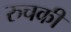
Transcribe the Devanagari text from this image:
रुचकी